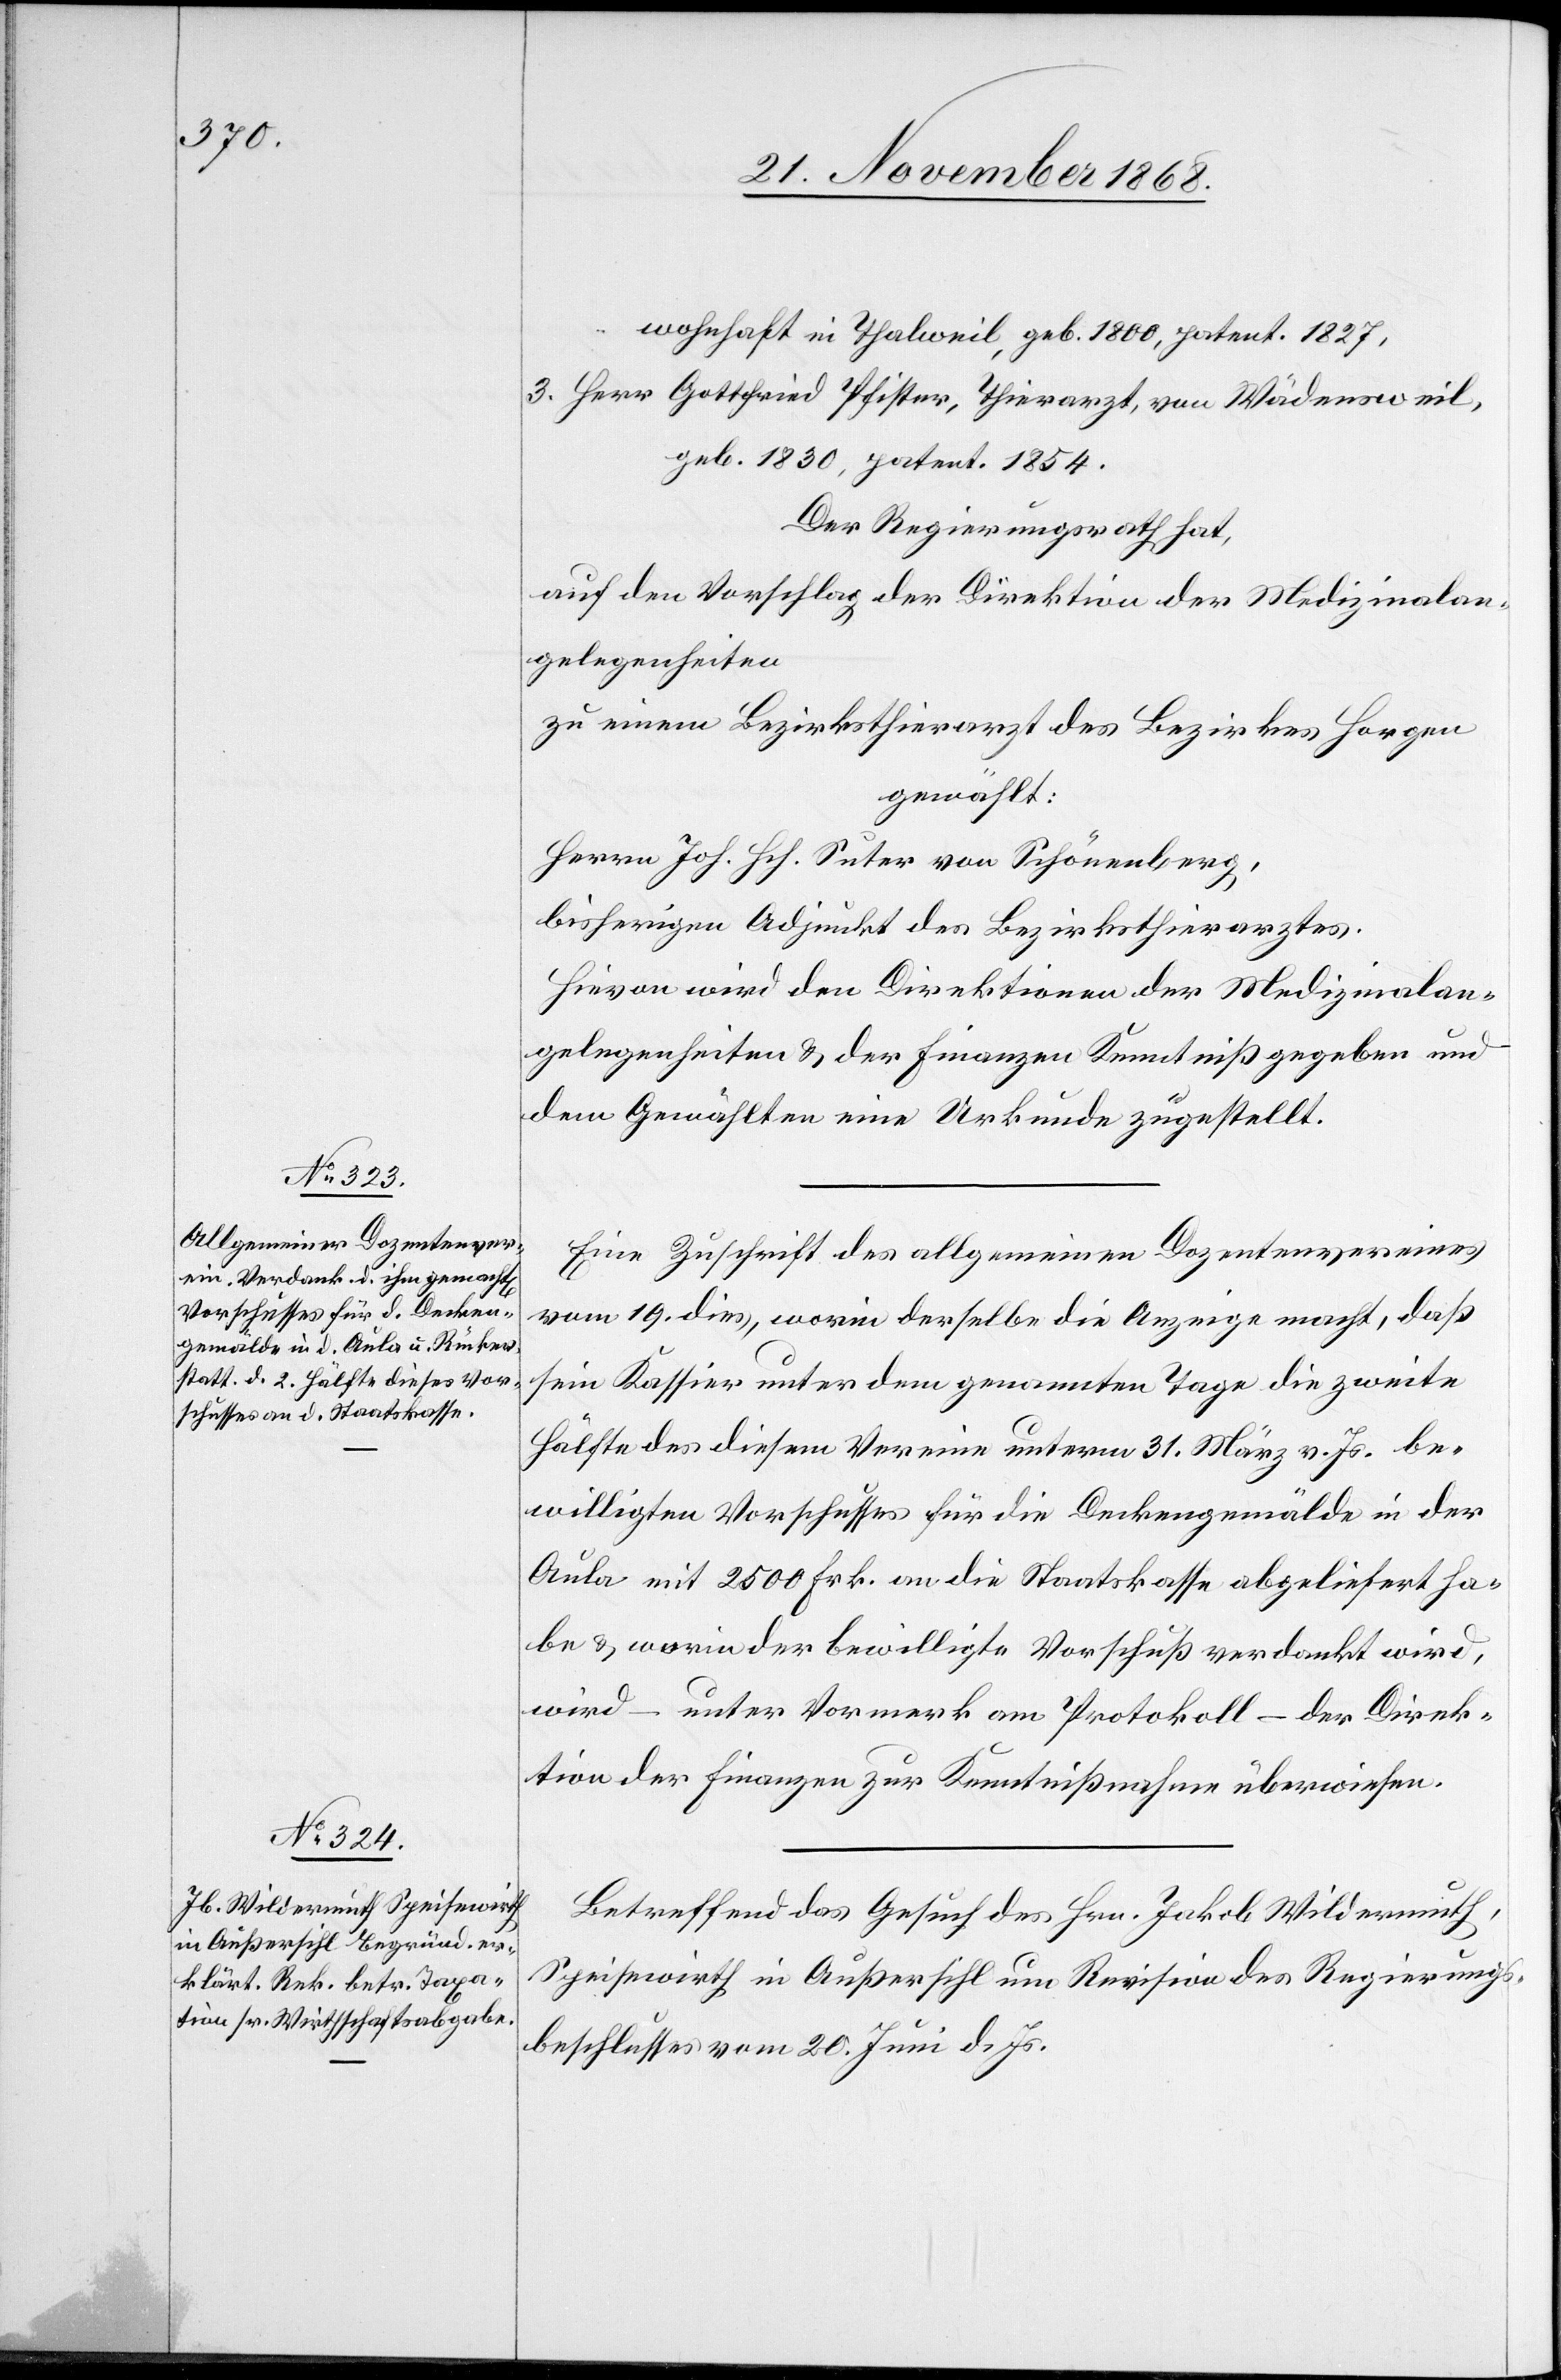
wohnhaft in Thalweil, geb. 1800, patent. 1827,
geb. 1830, patent. 1854.
Der Regierungsrath hat,
auf den Vorschlag der Direktion der Medizinalan¬
gelegenheiten
zu einem Bezirksthierarzt des Bezirkes Horgen
gewählt:
Herrn Joh. Hch. Suter von Schönenberg,
bisherigen Adjunkt des Bezirksthierarztes.
Hievon wird den Direktionen der Medizinalan¬
gelegenheiten & der Finanzen Kenntniß gegeben und
dem Gewählten eine Urkunde zugestellt.
Eine Zuschrift des allgemeinen Dozentenvereines
vom 19. dies, worin derselbe die Anzeige macht, daß
sein Kassier unter dem genannten Tage die zweite
Hälfte des diesem Vereine unterm 31. März v. Js. be¬
willigten Vorschusses für die Deckengemälde in der
Aula mit 2500 Frk. an die Staatskasse abgeliefert ha¬
be & worin der bewilligte Vorschuß verdankt wird,
wird – unter Vormerk am Protokoll – der Direk¬
tion der Finanzen zur Kenntnißnahme überwiesen.
Betreffend das Gesuch des Hrn. Jakob Wildermuth,
Speisewirth in Außersihl um Revision des Regierungs¬
beschlusses vom 20. Juni d. Js.